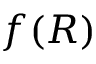
f ( R )